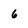
Character: 6